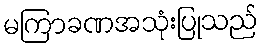
မကြာခဏအသုံးပြုသည်